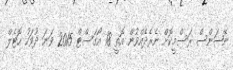
ނޭޝަންސް ރަސްމީކޮށް ނެރެދެއްވުން އޮތީ 18 އޯގަސްޓް 2015 ވަނަ ދުވަހު ހޮޓެލް